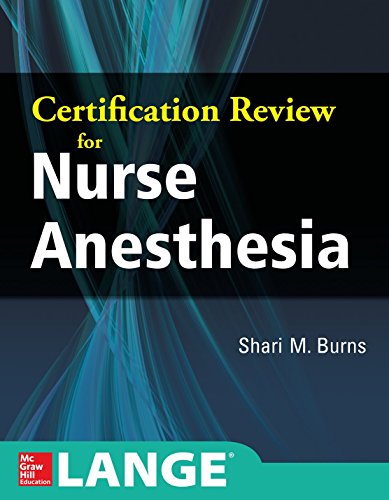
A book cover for Certification Review for Nurse Anesthesia; Shari Burns; Medical Books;